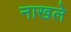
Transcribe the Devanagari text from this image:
नाखले